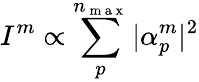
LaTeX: I^{m}\propto\sum_{p}^{n_{\mathrm{~m~a~x~}}}|\alpha_{p}^{m}|^{2}